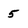
Character: 5